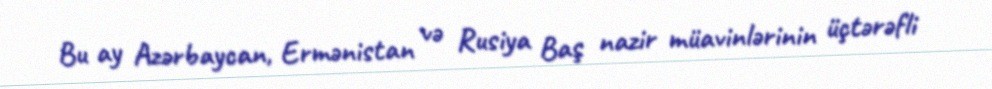
Bu ay Azərbaycan, Ermənistan və Rusiya Baş nazir müavinlərinin üçtərəfli